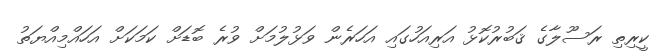
ކީރިތި ރަސޫލާގެ ޤަބުރުކޮޅު އަރިއަހުގައި އަހަރެން ވަޅުލުމަށް ވުރެ ބޮޑަށް ކަމަކަށް އަހައްމިއްޔަތު